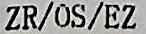
ZR/OS/EZ